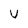
Character: v